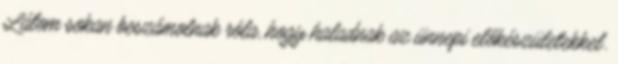
Látom sokan beszámolnak róla, hogy haladnak az ünnepi előkészületekkel.